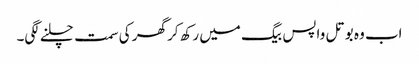
اب وہ بوتل واپس بیگ میں رکھ کر گھر کی سمت چلنے لگی۔